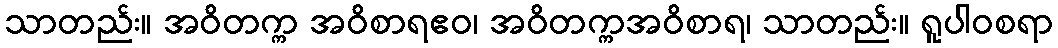
သာတည်း။ အဝိတက္က အဝိစာရဧဝ၊ အဝိတက္ကအဝိစာရ၊ သာတည်း။ ရူပါဝစရာ